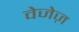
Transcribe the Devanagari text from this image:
वेजेज़